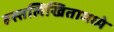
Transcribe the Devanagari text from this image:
हस्तलिखितामध्ये